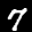
Label: 7